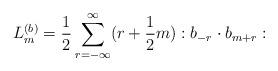
LaTeX: \begin{align*}L_m^{(b)}=\frac{1}{2}\sum_{r=-\infty}^{\infty}(r+\frac{1}{2}m) :b_{-r}\cdot b_{m+r}:\end{align*}